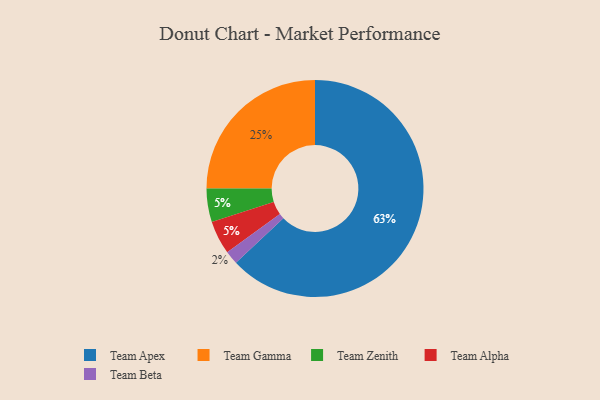
{"axis": {"x": "Category", "y": "Percentage"}, "legend": ["Team Alpha", "Team Apex", "Team Beta", "Team Gamma", "Team Zenith"], "data": [{"x": "Team Beta", "y": 2, "type": "Team Beta"}, {"x": "Team Zenith", "y": 5, "type": "Team Zenith"}, {"x": "Team Alpha", "y": 5, "type": "Team Alpha"}, {"x": "Team Gamma", "y": 25, "type": "Team Gamma"}, {"x": "Team Apex", "y": 63, "type": "Team Apex"}]}